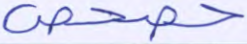
حصحص